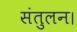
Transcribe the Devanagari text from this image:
संतुलन।